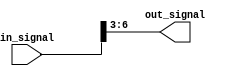
module part_select_assign (
  input [7:0] in_signal,
  output reg [3:0] out_signal
);

 always @* begin
    out_signal = in_signal[6:3];
 end

endmodule